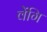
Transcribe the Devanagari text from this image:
वेंगि